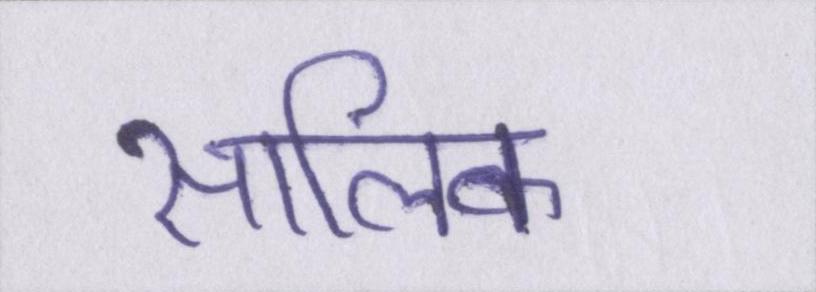
सालिक